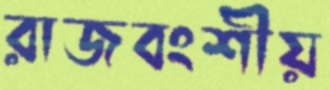
রাজবংশীয়